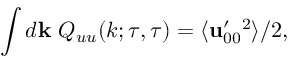
\int d { \bf { k } } \ Q _ { u u } ( k ; \tau , \tau ) = \langle { { \bf { u } } _ { 0 0 } ^ { \prime } { } ^ { 2 } } \rangle / 2 ,